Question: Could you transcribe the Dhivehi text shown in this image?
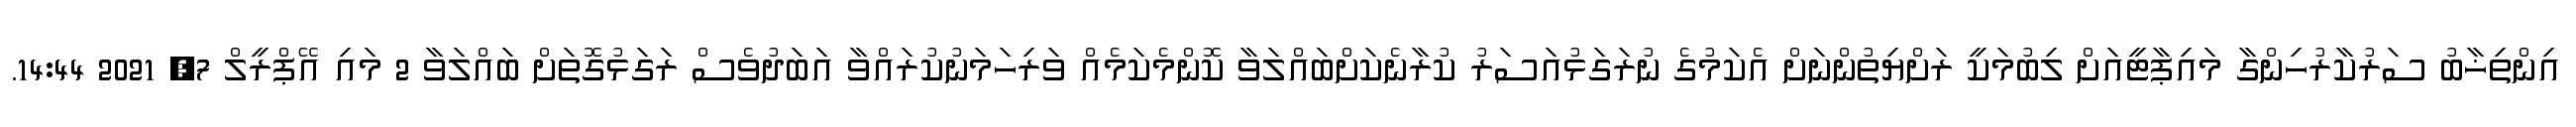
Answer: އިންތިޚާބު ސަރުކާރުހިންގާ މައިޕާޓީއަށް ލިބުމަކީ ރަށްޔިތުންނަށް އެކަމުގެ ނުރަގަޅުއަސަރު ކުރާނެކަށްބައްލަވާ ކޮންމެކަމެއް ވަރިހަމަނުކުރައްވާ އަބަދުވެސް ރަގަޅުގޮތަށް ބައްލަވާ 2 މައި އޭޕްރީލް 7, 2021 14:44.